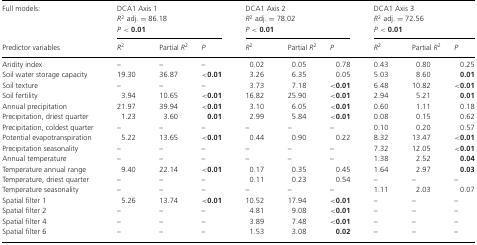
<table><thead><tr><td><b>Full models:</b></td><td colspan="3"><b>DCA1 Axis 1 <i>R</i><sup>2</sup> adj. = 86.18 <i>P</i>&lt; 0.01</b></td><td colspan="3"><b>DCA1 Axis 2 <i>R</i><sup>2</sup> adj. = 78.02 <i>P</i>&lt; 0.01</b></td><td colspan="3"><b>DCA1 Axis 3 <i>R</i><sup>2</sup> adj. = 72.56 <i>P</i>&lt; 0.01</b></td></tr><tr><td><b>Predictor variables</b></td><td><b><i>R</i><sup>2</sup></b></td><td><b>Partial <i>R</i><sup>2</sup></b></td><td><b><i>P</i></b></td><td><b><i>R</i><sup>2</sup></b></td><td><b>Partial <i>R</i><sup>2</sup></b></td><td><b><i>P</i></b></td><td><b><i>R</i><sup>2</sup></b></td><td><b>Partial <i>R</i><sup>2</sup></b></td><td><b><i>P</i></b></td></tr></thead><tbody><tr><td>Aridity index</td><td>–</td><td>–</td><td>–</td><td>0.02</td><td>0.05</td><td>0.78</td><td>0.43</td><td>0.80</td><td>0.25</td></tr><tr><td>Soil water storage capacity</td><td>19.30</td><td>36.87</td><td><b>&lt;0.01</b></td><td>3.26</td><td>6.35</td><td>0.05</td><td>5.03</td><td>8.60</td><td><b>0.01</b></td></tr><tr><td>Soil texture</td><td>–</td><td>–</td><td>–</td><td>3.73</td><td>7.18</td><td><b>&lt;0.01</b></td><td>6.48</td><td>10.82</td><td><b>&lt;0.01</b></td></tr><tr><td>Soil fertility</td><td>3.94</td><td>10.65</td><td><b>&lt;0.01</b></td><td>16.82</td><td>25.90</td><td><b>&lt;0.01</b></td><td>2.94</td><td>5.21</td><td><b>0.01</b></td></tr><tr><td>Annual precipitation</td><td>21.97</td><td>39.94</td><td><b>&lt;0.01</b></td><td>3.10</td><td>6.05</td><td><b>&lt;0.01</b></td><td>0.60</td><td>1.11</td><td>0.18</td></tr><tr><td>Precipitation, driest quarter</td><td>1.23</td><td>3.60</td><td><b>0.01</b></td><td>2.99</td><td>5.84</td><td><b>&lt;0.01</b></td><td>0.08</td><td>0.15</td><td>0.62</td></tr><tr><td>Precipitation, coldest quarter</td><td>–</td><td>–</td><td>–</td><td>–</td><td>–</td><td>–</td><td>0.10</td><td>0.20</td><td>0.57</td></tr><tr><td>Potential evapotranspiration</td><td>5.22</td><td>13.65</td><td><b>&lt;0.01</b></td><td>0.44</td><td>0.90</td><td>0.22</td><td>8.32</td><td>13.47</td><td><b>&lt;0.01</b></td></tr><tr><td>Precipitation seasonality</td><td>–</td><td>–</td><td>–</td><td>–</td><td>–</td><td>–</td><td>7.32</td><td>12.05</td><td><b>&lt;0.01</b></td></tr><tr><td>Annual temperature</td><td>–</td><td>–</td><td>–</td><td>–</td><td>–</td><td>–</td><td>1.38</td><td>2.52</td><td><b>0.04</b></td></tr><tr><td>Temperature annual range</td><td>9.40</td><td>22.14</td><td><b>&lt;0.01</b></td><td>0.17</td><td>0.35</td><td>0.45</td><td>1.64</td><td>2.97</td><td><b>0.03</b></td></tr><tr><td>Temperature, driest quarter</td><td>–</td><td>–</td><td>–</td><td>0.11</td><td>0.23</td><td>0.54</td><td>–</td><td>–</td><td>–</td></tr><tr><td>Temperature seasonality</td><td>–</td><td>–</td><td>–</td><td>–</td><td>–</td><td>–</td><td>1.11</td><td>2.03</td><td>0.07</td></tr><tr><td>Spatial filter 1</td><td>5.26</td><td>13.74</td><td><b>&lt;0.01</b></td><td>10.52</td><td>17.94</td><td><b>&lt;0.01</b></td><td>–</td><td>–</td><td>–</td></tr><tr><td>Spatial filter 2</td><td>–</td><td>–</td><td>–</td><td>4.81</td><td>9.08</td><td><b>&lt;0.01</b></td><td>–</td><td>–</td><td>–</td></tr><tr><td>Spatial filter 4</td><td>–</td><td>–</td><td>–</td><td>3.89</td><td>7.48</td><td><b>&lt;0.01</b></td><td>–</td><td>–</td><td>–</td></tr><tr><td>Spatial filter 6</td><td>–</td><td>–</td><td>–</td><td>1.53</td><td>3.08</td><td><b>0.02</b></td><td>–</td><td>–</td><td>–</td></tr></tbody></table>